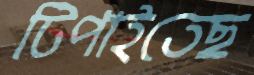
টিপাইতেছ